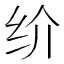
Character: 𰬀